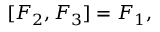
[ F _ { 2 } , F _ { 3 } ] = F _ { 1 } ,